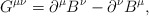
\begin{align*}G^{\mu \nu }=\partial ^{\mu }B^{\nu }-\partial ^{\nu }B^{\mu },\end{align*}